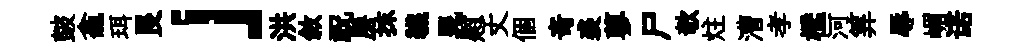
皷龕珥艮」洪敘祝房抹韈晁慰丈個竒裘蓼尸欹炷漕孝檻河筭辱嵋诺